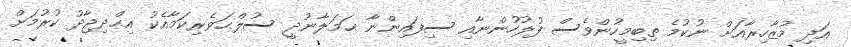
އަދި މުޒާހިރާއަށް ނުކުމެ ތިބިމީހުންވެސް ފުލުހުންނާއި ސިފައިންނާ ޙަމަލާނުދީ ސުލްޙަވެރިކަމާއެކު އިޙްދިޖާދު ކުރުމަށް